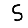
Digit: 5